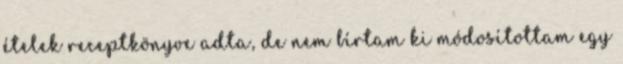
ételek receptkönyve adta, de nem bírtam ki módosítottam egy